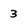
Character: 3